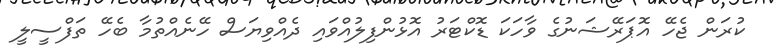
ކުރަން ޖެހޭ އޮޕަރޭޝަނުގެ ވާހަކަ ޑޮކްޓަރު އޮޅުންފިލުއްވައި ދެއްވިޔަސް ހޭނެއްތުމާ ބެހޭ ތަފްސީލީ